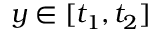
y \in [ t _ { 1 } , t _ { 2 } ]